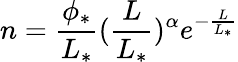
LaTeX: n=\frac{\phi_{\ast}}{L_{\ast}}(\frac{L}{L_{\ast}})^{\alpha}e^{-\frac{L}{L_{\ast}}}